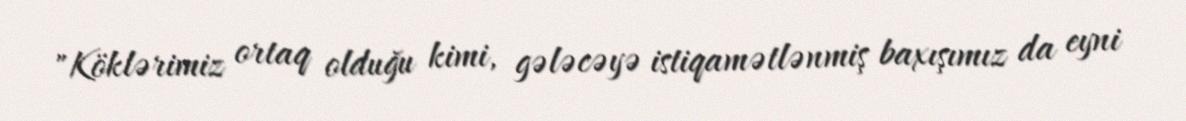
"Köklərimiz ortaq olduğu kimi, gələcəyə istiqamətlənmiş baxışımız da eyni